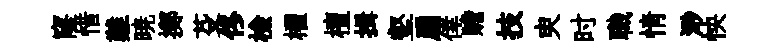
窿惜難暁擲芟佟檢櫂檀揖壑扇倖贍技㬰时職情𣺌怏